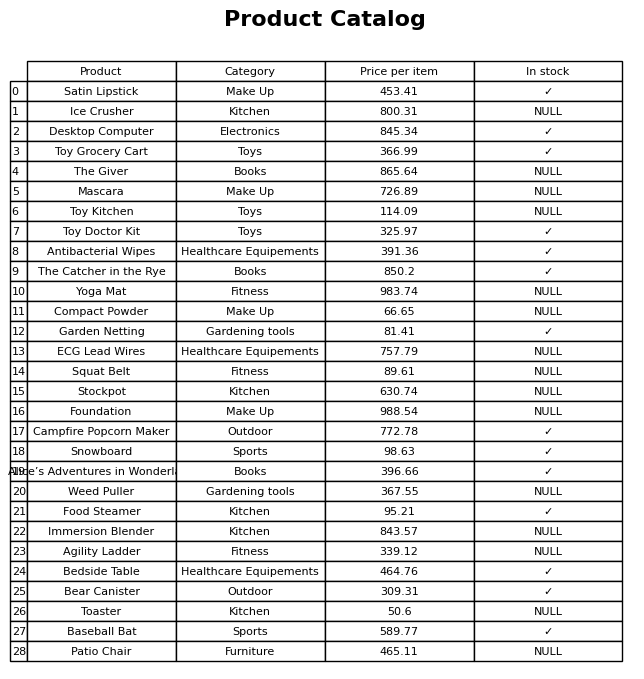
question: What is the price of the Toaster?
answer: The price of Toaster is 50.6.